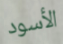
الأسود